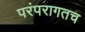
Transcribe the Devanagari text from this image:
परंपरागतच